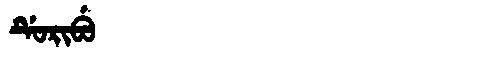
Manchu: ᡩᡠᡵᡳᠪᡠ
Romanization: DURIBU